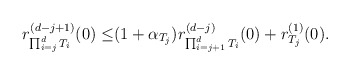
\begin{align*}r_{\prod_{i=j}^d T_i}^{(d-j+1)}(0)\leq&(1+\alpha_{T_j})r_{\prod_{i=j+1}^d T_i}^{(d-j)}(0)+r^{(1)}_{T_j}(0).\end{align*}